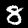
Label: 8